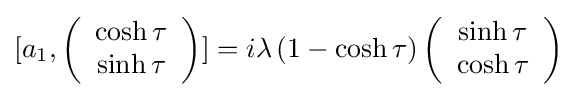
[a_{1},\left({\begin{array}{c}\cosh \tau \\\sinh \tau \end{array}}\right)]=i\lambda \left(1-\cosh \tau \right)\left({\begin{array}{c}\sinh \tau \\\cosh \tau \end{array}}\right)